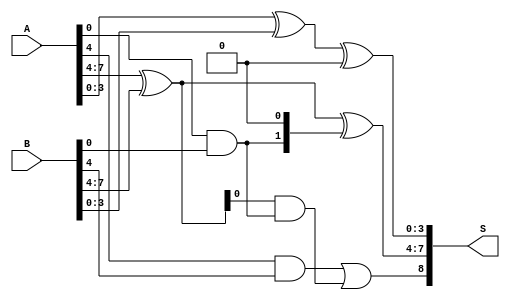
module HanCarlsonAdder #(parameter N = 8) (
    input [N-1:0] A,
    input [N-1:0] B,
    output [N:0] S  // N-bit sum + 1-bit carry out
);

    // Number of groups
    localparam GROUP_SIZE = 4;
    localparam NUM_GROUPS = N / GROUP_SIZE;

    // Generate and propagate signals
    wire [NUM_GROUPS-1:0] G; // Generate
    wire [NUM_GROUPS-1:0] P; // Propagate
    wire [NUM_GROUPS:0] C;    // Carry signals

    // Carry signals initialization
    assign C[0] = 1'b0; // Initial carry in for the first group

    // Generate and propagate logic for each group
    genvar i;
    generate
        for (i = 0; i < NUM_GROUPS; i = i + 1) begin: group
            wire [GROUP_SIZE-1:0] A_group = A[i*GROUP_SIZE +: GROUP_SIZE];
            wire [GROUP_SIZE-1:0] B_group = B[i*GROUP_SIZE +: GROUP_SIZE];

            // Generate and propagate for the current group
            assign G[i] = A_group & B_group; // Generate
            assign P[i] = A_group ^ B_group; // Propagate

            // Carry generation for the next bit group
            assign C[i+1] = G[i] | (P[i] & C[i]);
        end
    endgenerate

    // Calculate sum for each group
    generate
        for (i = 0; i < NUM_GROUPS; i = i + 1) begin: sum
            wire [GROUP_SIZE-1:0] A_group = A[i*GROUP_SIZE +: GROUP_SIZE];
            wire [GROUP_SIZE-1:0] B_group = B[i*GROUP_SIZE +: GROUP_SIZE];
            wire carry_in = C[i];

            // Sum calculation with carry-in
            assign S[i*GROUP_SIZE +: GROUP_SIZE] = A_group ^ B_group ^ {carry_in, 1'b0}; // Include carry-in
        end
    endgenerate

    // Final carry-out
    assign S[N] = C[NUM_GROUPS];

endmodule